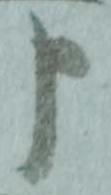
申